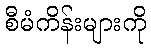
စီမံကိန်းများကို